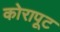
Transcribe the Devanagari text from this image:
कोरापूट